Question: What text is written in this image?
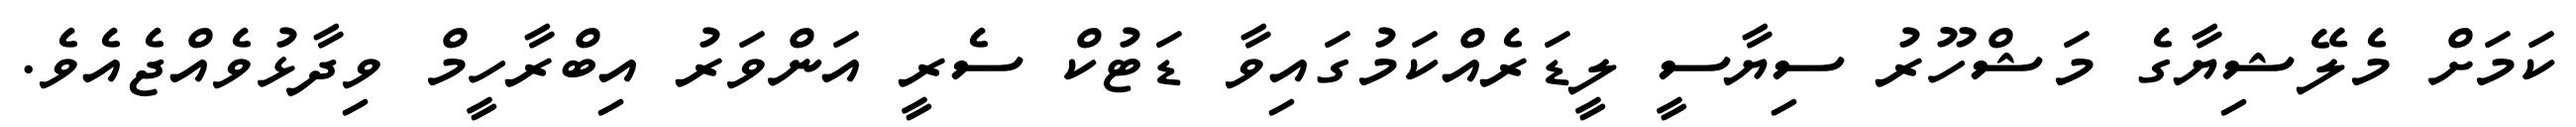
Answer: ކަމަށް މެލޭޝިޔާގެ މަޝްހޫރު ސިޔާސީ ލީޑަރެއްކަމުގައިވާ ޑަޓުކް ސެރީ އަންވަރު އިބްރާހީމް ވިދާޅުވެއްޖެއެވެ.